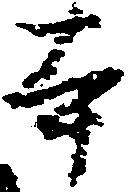
本